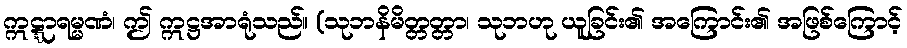
ဣဋ္ဋာရမ္မဏံ၊ ဤ ဣဋ္ဌအာရုံသည်။ (သုဘနိမိတ္တတ္တာ၊ သုဘဟု ယူခြင်း၏ အကြောင်း၏ အဖြစ်ကြောင့်